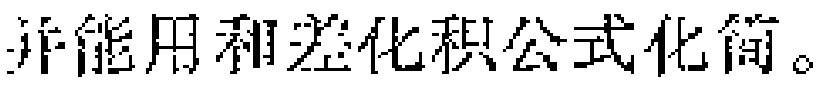
并能用和差化积公式化简。